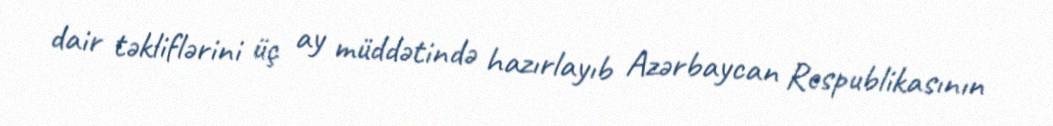
dair təkliflərini üç ay müddətində hazırlayıb Azərbaycan Respublikasının